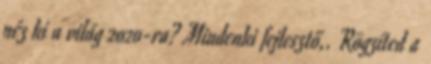
néz ki a világ 2020-ra? Mindenki fejlesztő,. Rögzíted a